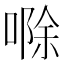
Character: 𪡷